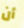
أن